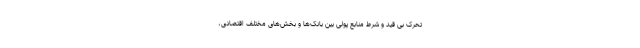
تحرک بی قید و شرط منابع پولی بین بانک‌ها و بخش‌های مختلف اقتصادی،